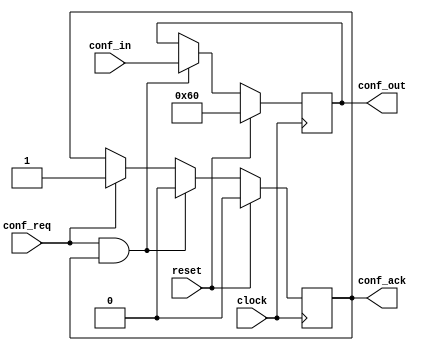
`timescale 1ns / 1ps
//////////////////////////////////////////////////////////////////////////////////
// Company: 
// Engineer: 
// 
// Design Name: 
// Module Name: csr_ctrl
// Project Name: 
// Target Devices: 
// Tool Versions: 
// Description: 
// 
// Dependencies: 
// 
// Revision:
// Revision 0.01 - File Created
// Additional Comments:
// 
//////////////////////////////////////////////////////////////////////////////////


module uart_conf
#(
    parameter   CONFIG_WIDTH = 32
)(
     input                      clock
    ,input                      reset
    
    ,input                          conf_req
    ,output reg                     conf_ack
    ,input      [CONFIG_WIDTH-1:0]  conf_in
    ,output reg [CONFIG_WIDTH-1:0]  conf_out
);

always @(posedge clock)
if (reset)                      conf_ack <= 0;
else if (conf_req & conf_ack)   conf_ack <= 0;
else if (conf_req)              conf_ack <= 1;
else                            conf_ack <= conf_ack;

always @(posedge clock)
if (reset)                      conf_out <= 8'h60;
else if (conf_req & conf_ack)   conf_out <= conf_in;
else                            conf_out <= conf_out;

endmodule